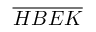
\overline { { H B E K } }